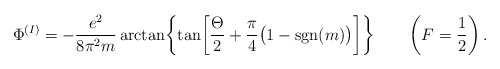
\begin{align*}\Phi^{(I)}=-{e^2\over8\pi^2m}\arctan\biggl\{\tan\biggl[{\Theta\over2}+{\pi\over4}\bigl(1-{\rm sgn}(m)\bigr)\biggr]\biggr\}\qquad\left(F=\frac{1}{2}\right).\end{align*}